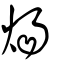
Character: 煬